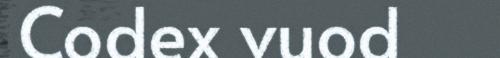
Codex vuod